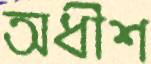
অধীশ